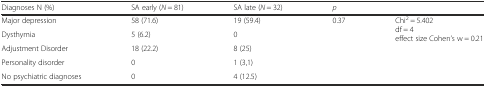
<table><thead><tr><td><b>Diagnoses N (%)</b></td><td><b>SA early (<i>N</i> = 81)</b></td><td><b>SA late (<i>N</i> = 32)</b></td><td><b><i>p</i></b></td><td></td></tr></thead><tbody><tr><td>Major depression</td><td>58 (71.6)</td><td>19 (59.4)</td><td rowspan="5">0.37</td><td rowspan="5">Chi<sup>2</sup> = 5.402df = 4effect size Cohen’s w = 0.21</td></tr><tr><td>Dysthymia</td><td>5 (6.2)</td><td>0</td></tr><tr><td>Adjustment Disorder</td><td>18 (22.2)</td><td>8 (25)</td></tr><tr><td>Personality disorder</td><td>0</td><td>1 (3,1)</td></tr><tr><td>No psychiatric diagnoses</td><td>0</td><td>4 (12.5)</td></tr></tbody></table>